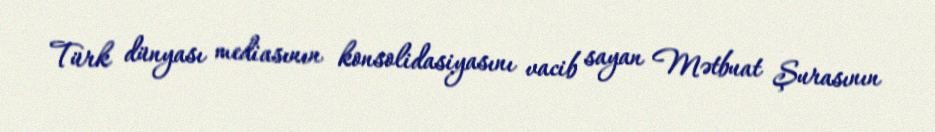
Türk dünyası mediasının konsolidasiyasını vacib sayan Mətbuat Şurasının